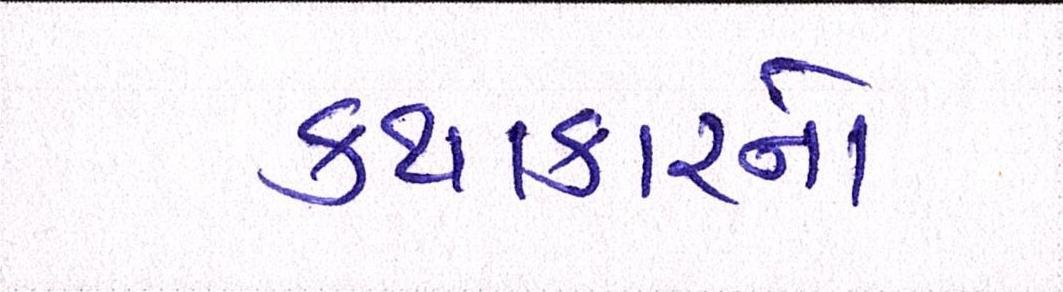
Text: કથાકારનો